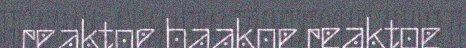
reaktoe baakoe reaktoe